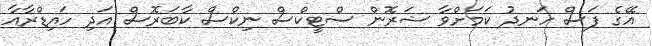
އޭގެ ފަސް ހަނދު ކަމަށްވާ ޝަރޮން ސްޓީކްސް ނިކްސް ކާބަރޮސް އަދި ހައިޑްރާއާ